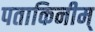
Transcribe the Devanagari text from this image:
पताकिनीम्